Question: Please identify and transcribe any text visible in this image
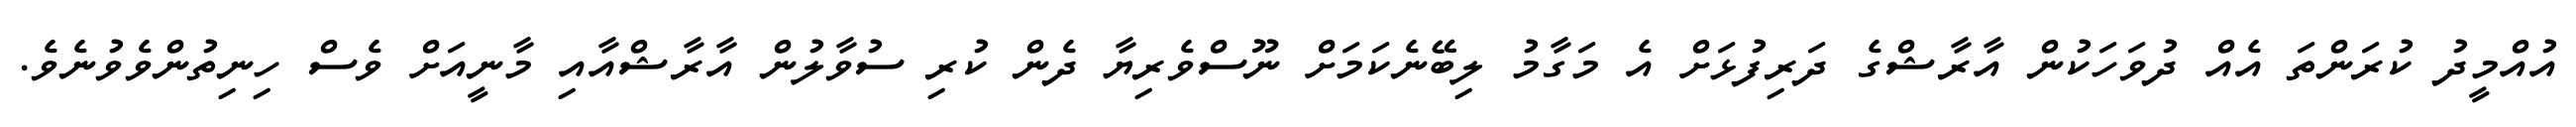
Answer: އުއްމީދު ކުރަންތަ އެއް ދުވަހަކުން އާރާޝްގެ ދަރިފުޅަށް އެ މަގާމު ލިބޭނެކަމަށް ނޫސްވެރިޔާ ދެން ކުރި ސުވާލުން އާރާޝްއާއި މާނީއަށް ވެސް ހިނިތުންވެވުނެވެ.